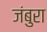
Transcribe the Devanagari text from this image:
जंबुरा